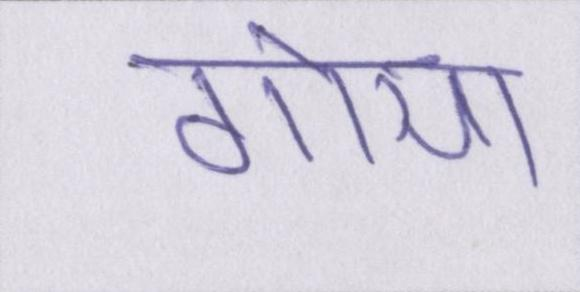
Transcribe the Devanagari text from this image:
गोया